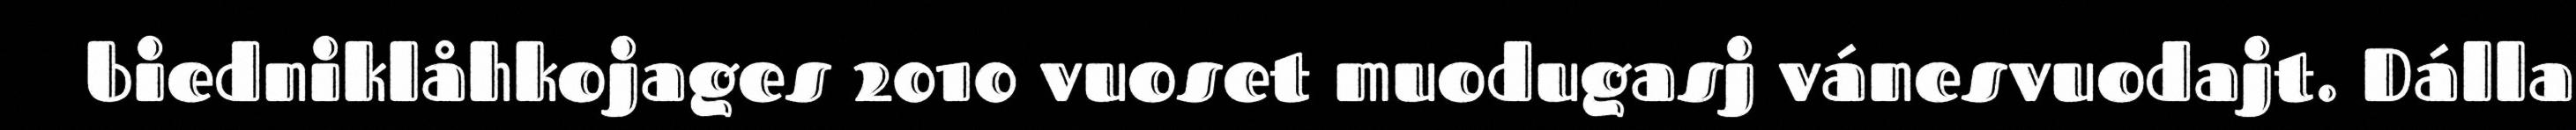
biedniklåhkojages 2010 vuoset muodugasj vánesvuodajt. Dálla